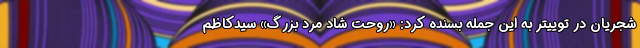
شجریان در توییتر به این جمله بسنده کرد: «روحت شاد مرد بزرگ» سیدکاظم